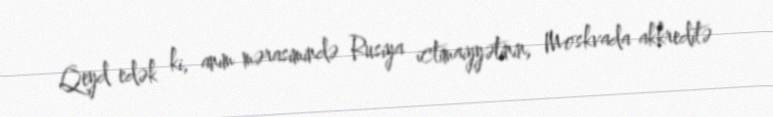
Qeyd edək ki, anım mərasimində Rusiya ictimaiyyətinin, Moskvada akkreditə